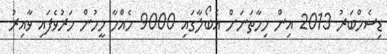
ޑިސެމްބަރު 2013 އިން މިހާތަނަށް އެބޯލާގައި 9000 ހެއްހާ މީހުން މަރުވެފައި ވާއިރު